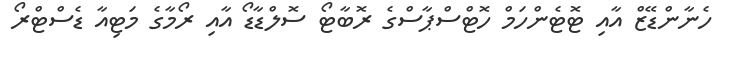
ހެނާންޑޭޒް އާއި ޓޮޓެންހަމް ހޮޓްސްޕާސްގެ ރޮބާޓޯ ސޮލްޑާޑޯ އާއި ރޯމާގެ މަޓިއާ ޑެސްޓްރޯ